Indian journal of veterinary science and animal husbandry - Volumes 18-21, 1948-1951
Year: 1948
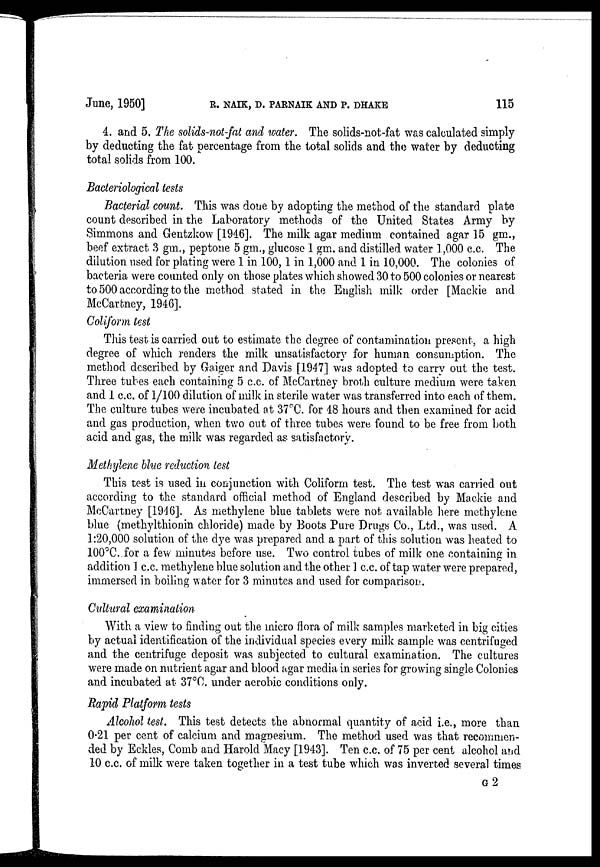
June, 1950] R. NAIK, D. PARNAIK AND P. DHAKE 115
4. and 5. The solids-not-fat and water. The solids-not-fat was calculated simply
by deducting the fat percentage from the total solids and the water by deducting
total solids from 100.
Bacteriological tests
Bacterial count. This was done by adopting the method of the standard plate
count described in the Laboratory methods of the United States Army by
Simmons and Gentzkow [1946]. The milk agar medium contained agar 15 gm.,
beef extract 3 gm., peptone 5 gm., glucose 1 gm. and distilled water 1,000 c.c. The
dilution used for plating were 1 in 100, 1 in 1,000 and 1 in 10,000. The colonies of
bacteria were counted only on those plates which showed 30 to 500 colonies or nearest
to 500 according to the method stated in the English milk order [Mackie and
McCartney, 1946].
Coliform test
This test is carried out to estimate the degree of contamination present, a high
degree of which renders the milk unsatisfactory for human consumption. The
method described by Gaiger and Davis [1947] was adopted to carry out the test.
Three tubes each containing 5 c.c. of McCartney broth culture medium were taken
and 1 c.c. of 1/100 dilution of milk in sterile water was transferred into each of them.
The culture tubes were incubated at 37°C. for 48 hours and then examined for acid
and gas production, when two out of three tubes were found to be free from both
acid and gas, the milk was regarded as satisfactory.
Methylene blue reduction test
This test is used in conjunction with Coliform test. The test was carried out
according to the standard official method of England described by Mackie and
McCartney [1946]. As methylene blue tablets were not available here methylene
blue (methylthionin chloride) made by Boots Pure Drugs Co., Ltd., was used. A
1:20,000 solution of the dye was prepared and a part of this solution was heated to
100°C. for a few minutes before use. Two control tubes of milk one containing in
addition 1 c.c. methylene blue solution and the other 1 c.c. of tap water were prepared,
immersed in boiling water for 3 minutes and used for comparison.
Cultural examination
With a view to finding out the micro flora of milk samples marketed in big cities
by actual identification of the individual species every milk sample was centrifuged
and the centrifuge deposit was subjected to cultural examination. The cultures
were made on nutrient agar and blood agar media in series for growing single Colonies
and incubated at 37°C. under aerobic conditions only.
Rapid Platform tests
Alcohol test. This test detects the abnormal quantity of acid i.e., more than
0.21 per cent of calcium and magnesium. The method used was that recommen-
ded by Eckles, Comb and Harold Macy [1943]. Ten c.c of 75 per cent alcohol and
10 c.c. of milk were taken together in a test tube which was inverted several times
G2